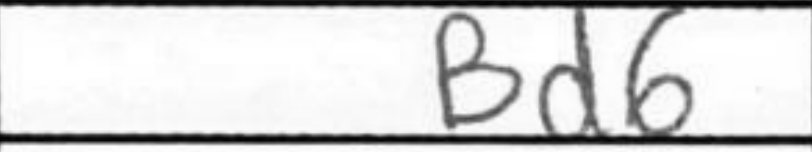
Transcription: Bd6